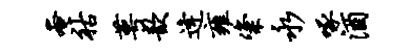
奄祜萼歆逄雍粢永啄酒